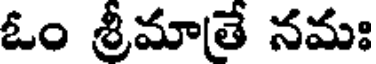
ఓం శ్రీమాతే నమః